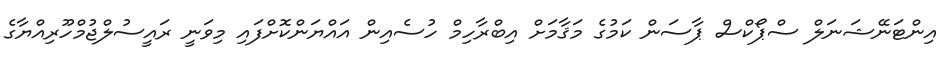
އިންޓަނޭޝަނަލް ސްޕޯކްސް ޕާސަން ކަމުގެ މަޤާމަށް އިބްރާހިމް ހުސެއިން އައްޔަންކޮށްފައި މިވަނީ ރައީސުލްޖުމްހޫރިއްޔާގެ